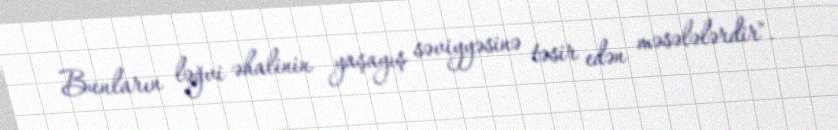
Bunların ləğvi əhalinin yaşayış səviyyəsinə təsir edən məsələlərdir".